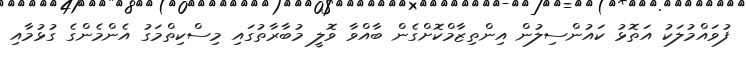
ފުވައްމުލަކު އަތޮޅު ކައުންސިލުން އިންތިޒާމްކޮށްގެން ބާއްވާ ވޮލީ މުބާރާތުގައި މިސްކިތްމަގު އެންމެންގެ ގުޅުމާއި